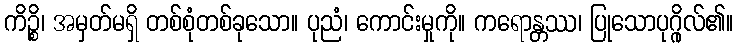
ကိဉ္စိ၊ အမှတ်မရှိ တစ်စုံတစ်ခုသော။ ပုညံ၊ ကောင်းမှုကို။ ကရောန္တဿ၊ ပြုသောပုဂ္ဂိုလ်၏။